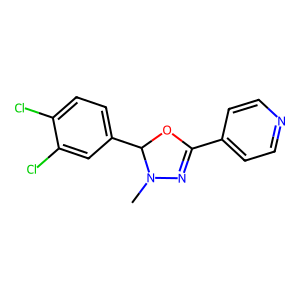
SMILES: CN1N=C(c2ccncc2)OC1c1ccc(Cl)c(Cl)c1
Inhibits HIV replication: No